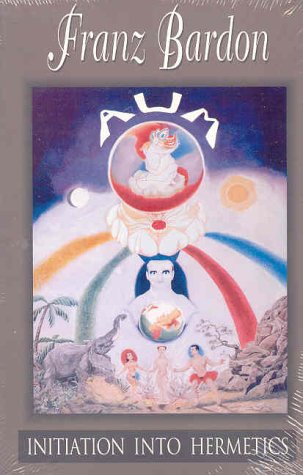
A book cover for Initiation into Hermetics; Franz Bardon; Self-Help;